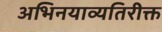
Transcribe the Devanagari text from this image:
अभिनयाव्यतिरीक्त